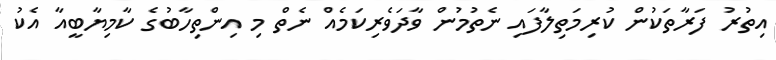
އިތުރު ފަރާތަކުން ކުރިމަތިލާފައި ނެތުމުން ވާދަވެރިކަމެއް ނެތް މި އިންތިހާބުގެ ކާމިޔާބީއާ އެކު